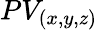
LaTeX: PV_{(x,y,z)}